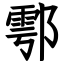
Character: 鄠